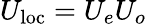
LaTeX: U_{\mathrm{loc}}=U_{e}U_{o}